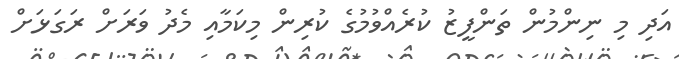
އަދި މި ނިންމުން ތަންފީޒު ކުރެއްވުމުގެ ކުރިން މިކަމާއި މެދު ވަރަށް ރަގަޅަށް